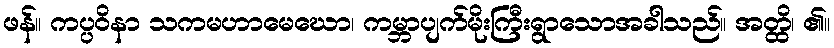
ဖန်။ ကပ္ပဝိနာ သကမဟာမေဃော၊ ကမ္ဘာပျက်မိုးကြီးရွာသောအခါသည်။ အတ္ထိ၊ ၏။